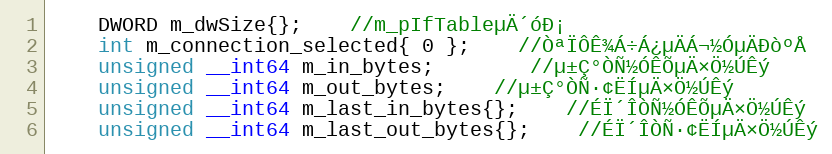
Language: C
	DWORD m_dwSize{};	//m_pIfTableµÄ´óÐ¡
	int m_connection_selected{ 0 };	//ÒªÏÔÊ¾Á÷Á¿µÄÁ¬½ÓµÄÐòºÅ
	unsigned __int64 m_in_bytes;		//µ±Ç°ÒÑ½ÓÊÕµÄ×Ö½ÚÊý
	unsigned __int64 m_out_bytes;	//µ±Ç°ÒÑ·¢ËÍµÄ×Ö½ÚÊý
	unsigned __int64 m_last_in_bytes{};	//ÉÏ´ÎÒÑ½ÓÊÕµÄ×Ö½ÚÊý
	unsigned __int64 m_last_out_bytes{};	//ÉÏ´ÎÒÑ·¢ËÍµÄ×Ö½ÚÊý